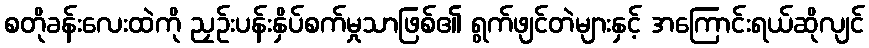
စတိုခန်းလေးထဲကို ညှဉ်းပန်းနှိပ်စက်မှုသာဖြစ်၏ ရွက်ဖျင်တဲများနှင့် အကြောင်းရယ်ဆိုလျင်